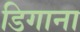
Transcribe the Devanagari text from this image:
डिगाना